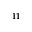
^ { 1 1 }